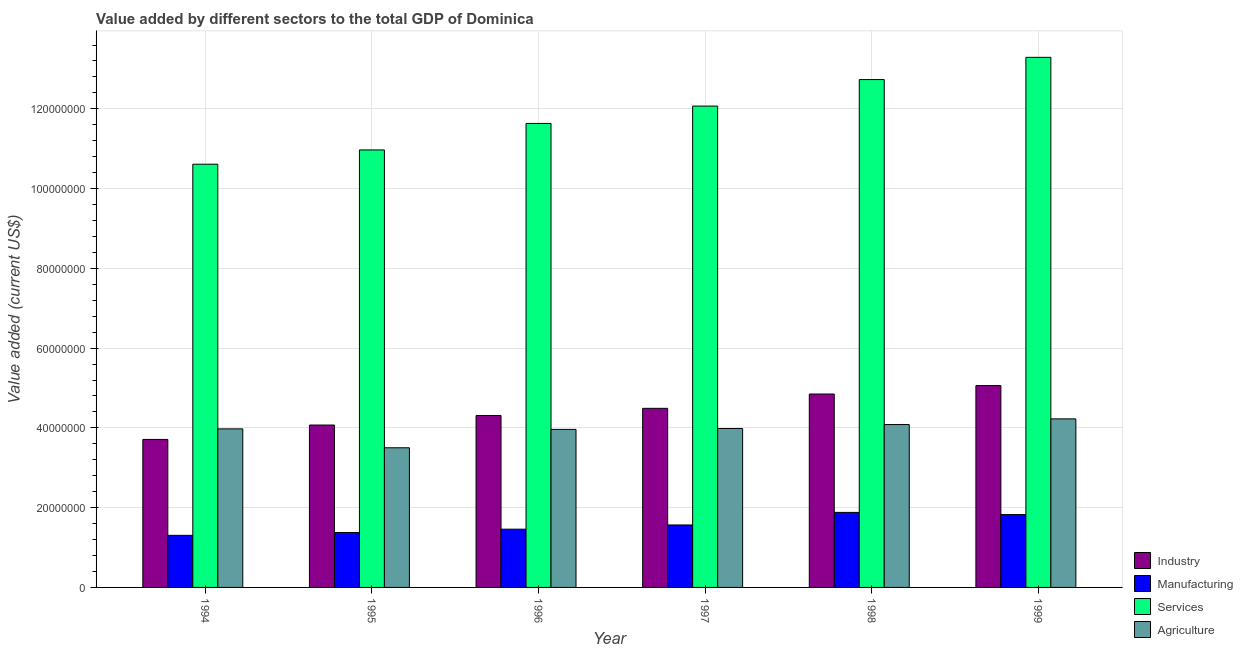
| Year | Industry | Manufacturing | Services | Agriculture |
 | --- | --- | --- | --- | --- |
 | 1994 | 3.71e+07 | 1.31e+07 | 1.06e+08 | 3.98e+07 |
 | 1995 | 4.07e+07 | 1.38e+07 | 1.1e+08 | 3.5e+07 |
 | 1996 | 4.31e+07 | 1.46e+07 | 1.16e+08 | 3.96e+07 |
 | 1997 | 4.49e+07 | 1.57e+07 | 1.21e+08 | 3.98e+07 |
 | 1998 | 4.85e+07 | 1.88e+07 | 1.27e+08 | 4.08e+07 |
 | 1999 | 5.06e+07 | 1.83e+07 | 1.33e+08 | 4.23e+07 |